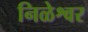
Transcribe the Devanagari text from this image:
निळेश्वर